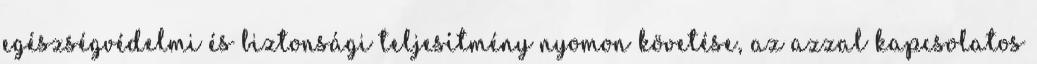
egészségvédelmi és biztonsági teljesítmény nyomon követése, az azzal kapcsolatos